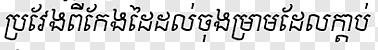
ប្រវែងពីកែងដៃដល់ចុងម្រាមដែលក្ដាប់